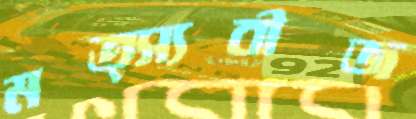
মত্স্যবীজ